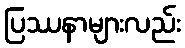
ပြဿနာများလည်း